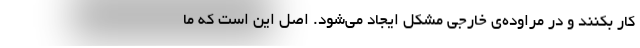
کار بکنند و در مراوده‌ی خارجی‌ مشکل ایجاد می‌شود. اصل این است که ما